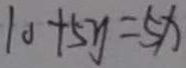
1 0 + 5 y = 5 x